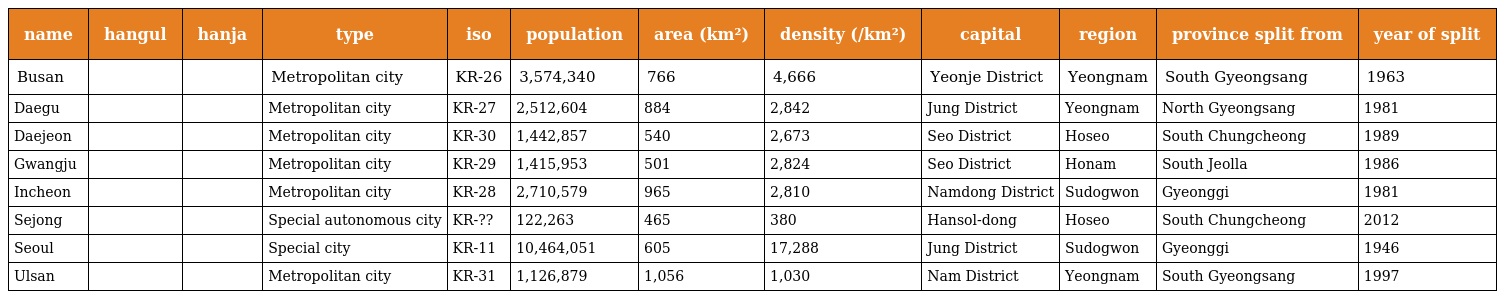
| name | hangul | hanja | type | iso | population | area (km²) | density (/km²) | capital | region | province split from | year of split |
 | --- | --- | --- | --- | --- | --- | --- | --- | --- | --- | --- | --- |
 | Busan | 부산시 | 釜山市 | Metropolitan city | KR-26 | 3,574,340 | 766 | 4,666 | Yeonje District | Yeongnam | South Gyeongsang | 1963 |
 | Daegu | 대구시 | 大邱市 | Metropolitan city | KR-27 | 2,512,604 | 884 | 2,842 | Jung District | Yeongnam | North Gyeongsang | 1981 |
 | Daejeon | 대전시 | 大田市 | Metropolitan city | KR-30 | 1,442,857 | 540 | 2,673 | Seo District | Hoseo | South Chungcheong | 1989 |
 | Gwangju | 광주시 | 光州市 | Metropolitan city | KR-29 | 1,415,953 | 501 | 2,824 | Seo District | Honam | South Jeolla | 1986 |
 | Incheon | 인천시 | 仁川市 | Metropolitan city | KR-28 | 2,710,579 | 965 | 2,810 | Namdong District | Sudogwon | Gyeonggi | 1981 |
 | Sejong | 세종시 | 世宗市 | Special autonomous city | KR-?? | 122,263 | 465 | 380 | Hansol-dong | Hoseo | South Chungcheong | 2012 |
 | Seoul | 서울특별시 | 서울市 | Special city | KR-11 | 10,464,051 | 605 | 17,288 | Jung District | Sudogwon | Gyeonggi | 1946 |
 | Ulsan | 울산시 | 蔚山市 | Metropolitan city | KR-31 | 1,126,879 | 1,056 | 1,030 | Nam District | Yeongnam | South Gyeongsang | 1997 |